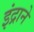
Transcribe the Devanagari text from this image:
इंद्राने